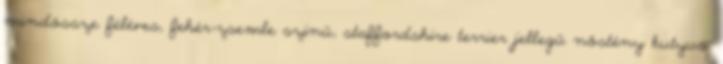
mindössze féléves, fehér-zsemle színű, stafford­shire terrier jellegű nőstény kutyus.